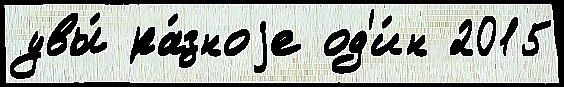
увы́ ра́зноjе од'и́н 2015